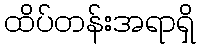
ထိပ်တန်းအရာရှိ